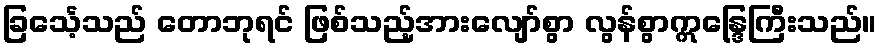
ခြင်္သေ့သည် တောဘုရင် ဖြစ်သည့်အားလျော်စွာ လွန်စွာဣန္ဒြေကြီးသည်။